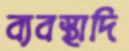
ব্যবস্থাদি